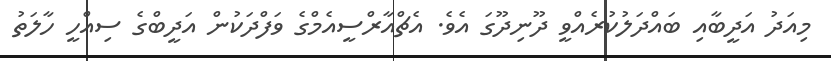
މިއަދު އަދީބާއި ބައްދަލުކުރެއްވީ ދޫނިދޫގަ އެވެ. އެޗްއާރްސީއެމްގެ ވަފްދަކުން އަދީބްގެ ސިއްހީ ހާލަތު